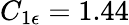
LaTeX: C_{1\epsilon}=1.44